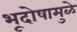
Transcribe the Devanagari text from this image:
भूदोषामुळे